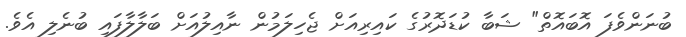
ބުނަންވެފަ އޮބައޮތް" ޝަބާ ކުޑަދޮރުގެ ކައިރިއަށް ޖެހިލަމުން ނާއިލުއަށް ބަލާލާފައި ބުނެލި އެވެ.